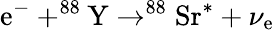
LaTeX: \mathrm{e}^{-}+^{88}\textrm{{Y}}\to^{88}\textrm{{Sr}}^{*}+\nu_{\mathrm{e}}